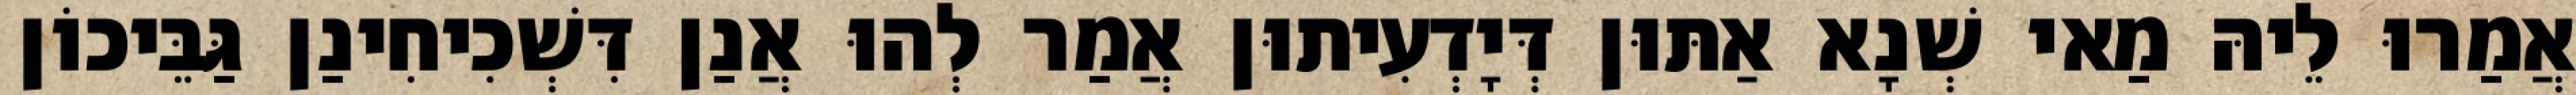
אֲמַרוּ לֵיהּ מַאי שְׁנָא אַתּוּן דְּיָדְעִיתוּן אֲמַר לְהוּ אֲנַן דִּשְׁכִיחִינַן גַּבֵּיכוֹן